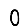
Digit: 0